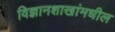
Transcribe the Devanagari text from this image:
विज्ञानशाखांमधील